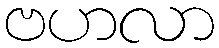
ဗဟလာ